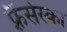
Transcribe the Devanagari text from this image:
फ़्रैंसेस्का